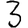
Digit: 3